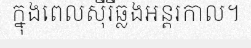
ក្នុងពេលស៊ីរីឆ្លងអន្តរកាល។